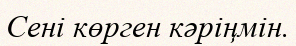
Сені көрген кәріңмін.